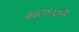
મટાડવા